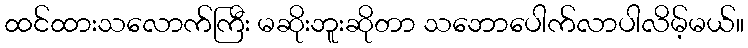
ထင်ထားသလောက်ကြီး မဆိုးဘူးဆိုတာ သဘောပေါက်လာပါလိမ့်မယ်။